Report of the Lahore Medical School Hospital
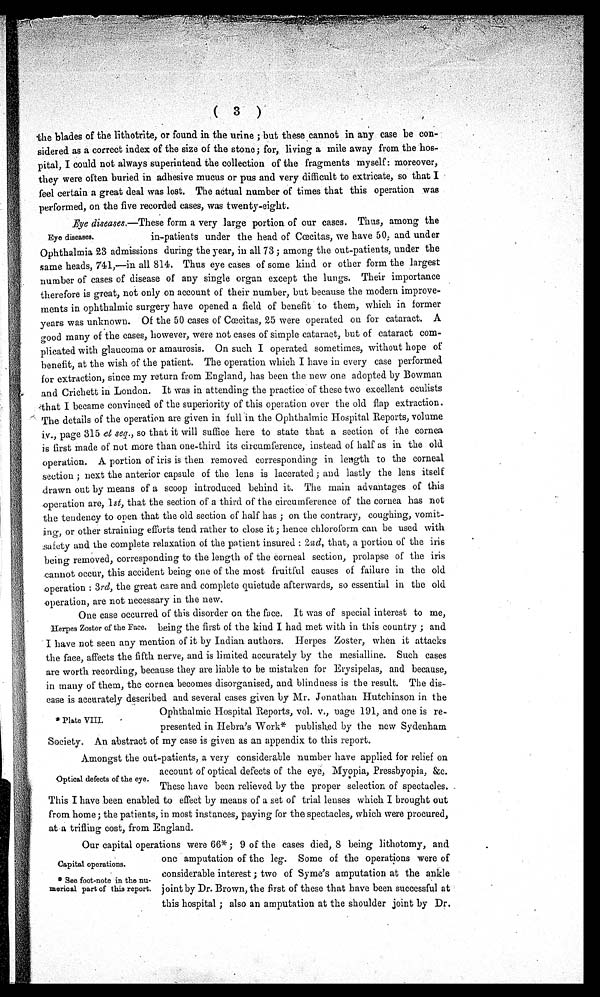
(3)
the blades of the lithotrite, or found in the urine ; but these cannot in any case be con-
sidered as a correct index of the size of the stone; for, living a mile away from the hos-
pital, I could not always superintend the collection of the fragments myself : moreover,
they were often buried in adhesive mucus or pus and very difficult to extricate, so that I
feel certain a great deal was lost. The actual number of times that this operation was
performed, on the five recorded cases, was twenty-eight.
Eye diseases .—These form a very large portion of our cases. Thus, among the
in-patients under the head of Cœcitas, we have 50, and under
Ophthalmia 23 admissions during the year, in all 73 ; among the out-patients, under the
same heads, 741,—in all 814. Thus eye cases of some kind or other form the largest
number of cases of disease of any single organ except the lungs. Their importance
therefore is great, not only on account of their number, but because the modern improve-
ments in ophthalmic surgery have opened a field of benefit to them, which in former
years was unknown. Of the 50 cases of Cœcitas, 25 were operated on for cataract. A
good many of the cases, however, were not cases of simple cataract, but of cataract com-
plicated with glaucoma or amaurosis. On such I operated sometimes, without hope of
benefit, at the wish of the patient. The operation which I have in every case performed
for extraction, since my return from England, has been the new one adopted by Bowman
and Crichett in London. It was in attending the practice of these two excellent oculists
that I became convinced of the superiority of this operation over the old flap extraction.
The details of the operation are given in full in the Ophthalmic Hospital Reports, volume
iv., page 315 et seq ., so that it will suffice here to state that a section of the cornea
is first made of not more than one-third its circumference, instead of half as in the old
operation. A portion of iris is then removed corresponding in length to the corneal
section ; next the anterior capsule of the lens is lacerated ; and lastly the lens itself
drawn out by means of a scoop introduced behind it. The main advantages of this
operation are, 1 st, that the section of a third of the circumference of the cornea has not
the tendency to open that the old section of half has ; on the contrary, coughing, vomit-
ing, or other straining efforts tend rather to close it ; hence chloroform can be used with
safety and the complete relaxation of the patient insured : 2 nd, that, a portion of the iris
being removed, corresponding to the length of the Corneal section, prolapse of the iris
cannot occur, this accident being one of the most fruitful causes of failure in the old
operation : 3 rd, the great care and complete quietude afterwards, so essential in the old
operation, are not necessary in the new.
One case occurred of this disorder on the face. It was of special interest to me,
Herpes Zoster of the Face. being the first of the kind I had met with in this country ; and
I have not seen any mention of it by Indian authors. Herpes Zoster, when it attacks
the face, affects the fifth nerve, and is limited accurately by the mesialline. Such cases
are worth recording, because they are liable to be mistaken for Erysipelas, and because,
in many of them, the cornea becomes disorganised, and blindness is the result. The dis-
ease is accurately described and several cases given by Mr. Jonathan Hutchinson in the
Ophthalmic Hospital Reports, vol. v., page 191, and one is re-
presented in Hebra's Work* published by the new Sydenham
Society. An abstract of my case is given as an appendix to this report.
Amongst the out-patients, a very considerable number have applied for relief on
account of optical defects of the eye, Myopia, Pressbyopia, &c.
These have been relieved by the proper selection of spectacles.
This I have been enabled to effect by means of a set of trial lenses which I brought out
from home ; the patients, in most instances, paying for the spectacles, which were procured,
at a trifling cost, from England.
Our capital operations were 66*; 9 of the cases died, 8 being lithotomy, and
one amputation of the leg. Some of the operations were of
considerable interest ; two of Syme's amputation at the ankle
joint by Dr. Brown, the first of these that have been successful at
this hospital ; also an amputation at the shoulder joint by Dr.
Eye diseases.
* Plate VIII.
Optical defects of the eye.
Capital operations.
* See foot-note in the nu-
merical part of this report.